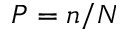
P = n / N